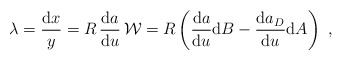
\begin{align*}\lambda= \frac{{\rm d}x}{y}={R} \,\frac{{\rm d}a}{{\rm d}u}\,{\cal W}= {R}\left(\frac{{\rm d}a}{{\rm d}u}{\rm d}B-\frac{{\rm d}a_D}{{\rm d}u}{\rm d}A\right)\ ,\end{align*}